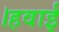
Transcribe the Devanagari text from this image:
।हवाई